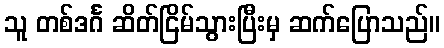
သူ တစ်ဒင်္ဂ ဆိတ်ငြိမ်သွားပြီးမှ ဆက်ပြောသည်။